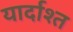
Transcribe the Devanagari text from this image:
यार्दाश्त